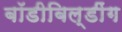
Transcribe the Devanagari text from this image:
बॉडीबिल्डींग